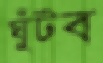
ঘুঁটব